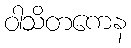
ဝါသိတကေန